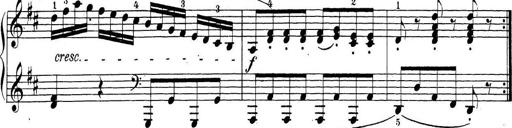
Title: Sonatina Album
Composer: Louis KÃ¶hler